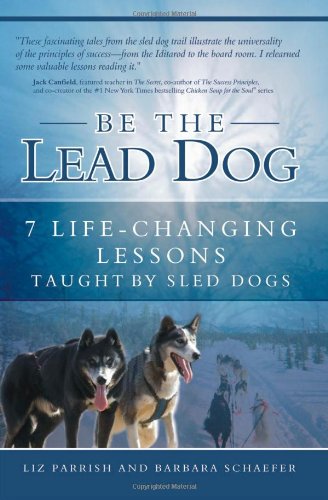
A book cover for Be the Lead Dog - 7 Life-Changing Lessons Taught By Sled Dogs; Liz Parrish; Sports & Outdoors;